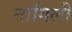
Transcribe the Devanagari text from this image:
नांगिली